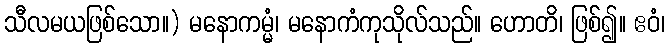
သီလမယဖြစ်သော။) မနောကမ္မံ၊ မနောကံကုသိုလ်သည်။ ဟောတိ၊ ဖြစ်၍။ ဧဝံ၊